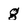
Character: g